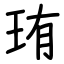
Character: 珛